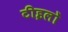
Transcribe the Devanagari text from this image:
टीइलों